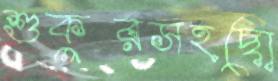
শুকুরসহছো